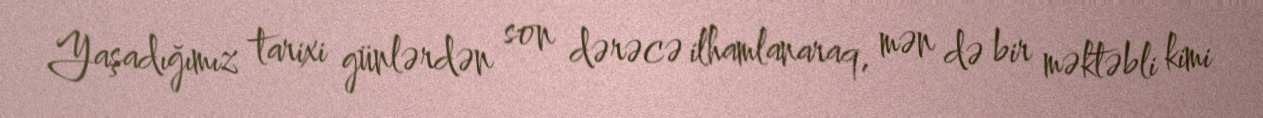
Yaşadığımız tarixi günlərdən son dərəcə ilhamlanaraq, mən də bir məktəbli kimi